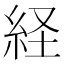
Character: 経